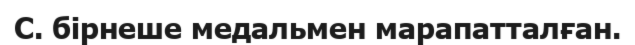
С. бірнеше медальмен марапатталған.